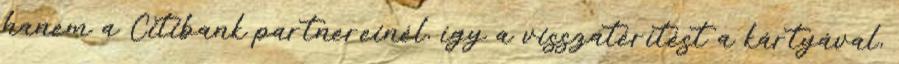
hanem a Citibank partnereinél, így a visszatérítést a kártyával,